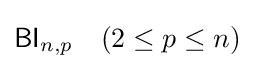
{\mathsf {BI}}_{n,p}\quad (2\leq p\leq n)